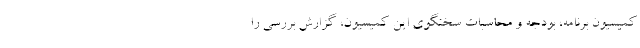
کمیسیون برنامه، بودجه و محاسبات سخنگوی این کمیسیون، گزارش بررسی را